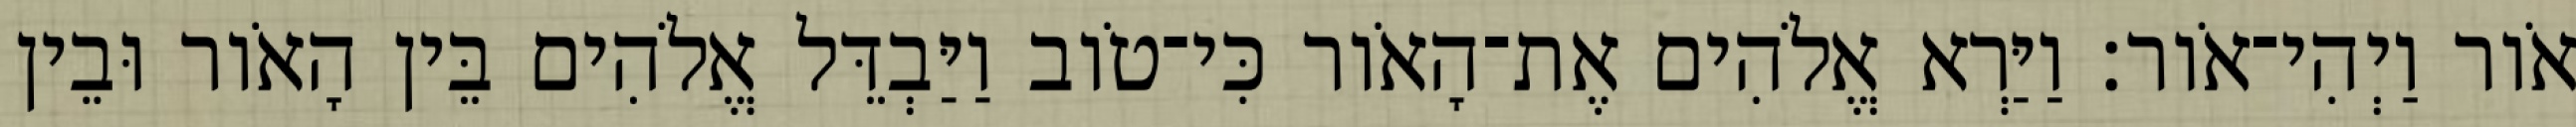
אֹור וַיְהִי־אֹור׃ וַיַּרְא אֱלֹהִים אֶת־הָאֹור כִּי־טֹוב וַיַּבְדֵּל אֱלֹהִים בֵּין הָאֹור וּבֵין